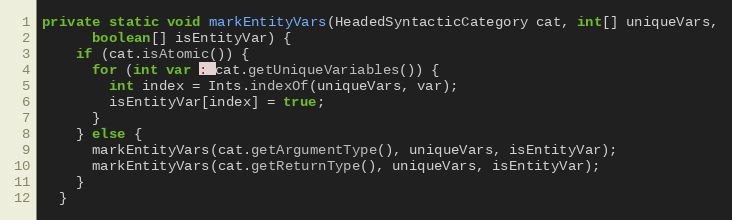
Language: Java
private static void markEntityVars(HeadedSyntacticCategory cat, int[] uniqueVars,
      boolean[] isEntityVar) {
    if (cat.isAtomic()) {
      for (int var : cat.getUniqueVariables()) {
        int index = Ints.indexOf(uniqueVars, var);
        isEntityVar[index] = true;
      }
    } else {
      markEntityVars(cat.getArgumentType(), uniqueVars, isEntityVar);
      markEntityVars(cat.getReturnType(), uniqueVars, isEntityVar);
    }
  }